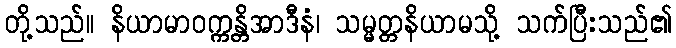
တို့သည်။ နိယာမာဝက္ကန္တိအာဒီနံ၊ သမ္မတ္တနိယာမသို့ သက်ပြီးသည်၏